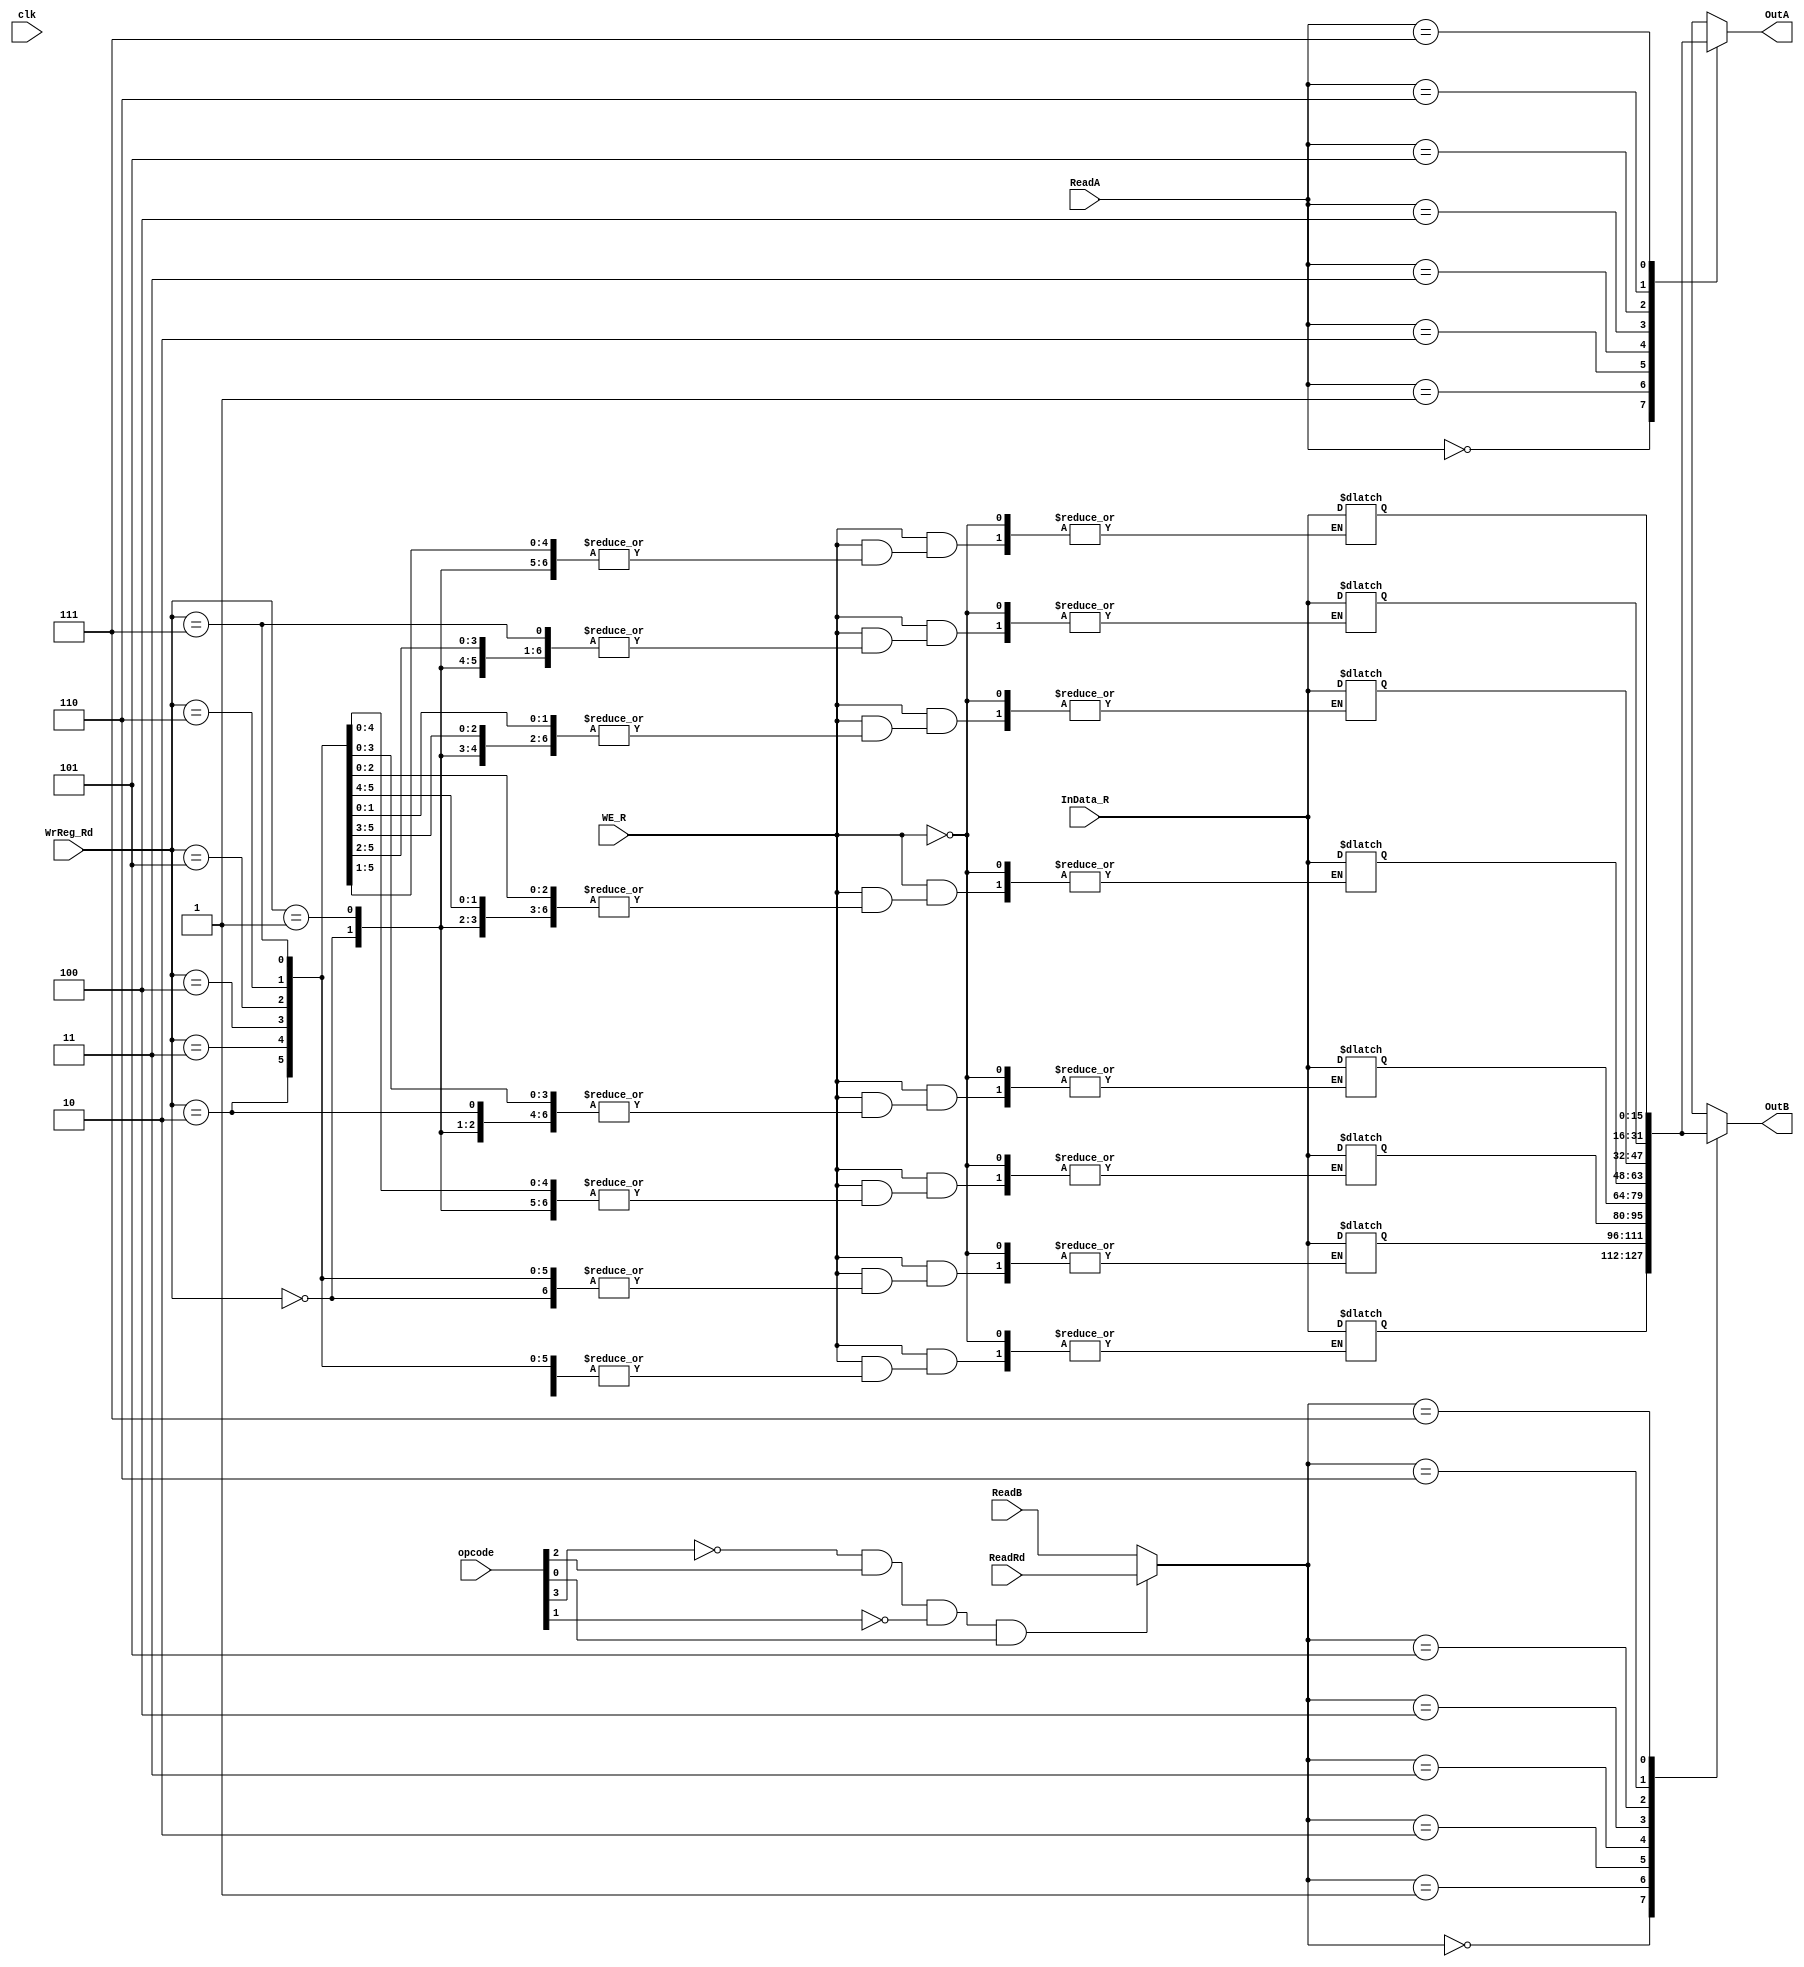
module regfile_hem(clk,WE_R,InData_R,WrReg_Rd,ReadA,ReadB,ReadRd,opcode,OutA,OutB);
input [2:0] WrReg_Rd,ReadA,ReadB,ReadRd;
input WE_R,clk;
input [3:0]opcode;
input [15:0] InData_R;
wire sel;
wire [2:0] temp;//
output [15:0] OutA,OutB;
//reg [15:0] OutA, OutB;
//reg [15:0] R0,R1,R2,R3,R4,R5,R6,R7;//8 16-bit registers
reg [15:0] reg_file [7:0];
//reg [2:0] k;
assign sel = ~opcode[3]&opcode[2]&~opcode[1]&opcode[0]; //store
assign temp = sel? ReadRd : ReadB;
//if (opcode==4'b0101)
//assign OutA = (opcode==4'b0101) ? reg_file[ReadRd] : reg_file[ReadA];

assign OutA = reg_file[ReadA];
//assign OutA = reg_file[ReadA];

assign OutB = reg_file[temp];
//assign OutRd = reg_file[ReadRd];

/*
always @(*)
  begin
  if(~clk)
  //begin
   //OutB<=regfile[ReadB];
   OutA<=regfile[ReadA];
	//OutB<=regfile[ReadB];
	//end
	else
		//OutB<= 16'hxxxx;
	OutA<= 16'hxxxx;
	//OutB<= 4'hxxxx;
  end
  
  always @(*)
  begin
  if(~clk)
  //begin
   OutB<=regfile[ReadB];
   //OutA<=regfile[ReadA];
	//OutB<=regfile[ReadB];
	//end
	else
		OutB<= 16'hxxxx;
	//OutA<= 4'hxxxx;
	//OutB<= 4'hxxxx;
  end
  
  */
  always @(WE_R,InData_R,WrReg_Rd)
  begin
  if(WE_R)
  begin
   reg_file[WrReg_Rd] = InData_R ;
	
	end
  end
  
  
  /*
  always @(clk)
  begin
  if( reset)
  begin
  for (k=0;k<8;k=k+1) begin
         regfile[k] <= 16'h0000;
		end
	end
	else begin
	  if (WE_R)
  
   regfile[WrReg_Rd] <= InData_R ;

	end
  end
  */
 endmodule